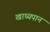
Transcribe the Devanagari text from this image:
खाध्यपान